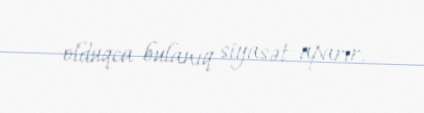
olduqca bulanıq siyasət aparır.